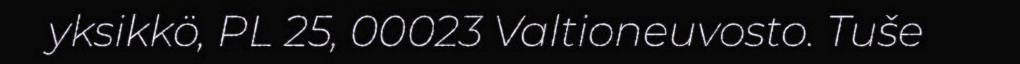
yksikkö, PL 25, 00023 Valtioneuvosto. Tuše